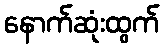
နောက်ဆုံးထွက်